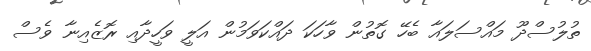
ތުލުސްދޫ މައްސަލައާ ބެހޭ ގޮތުން ވާހަކަ ދައްކަވަމުން އަލީ ވަހީދާއި ރޮޒެއިނާ ވެސް